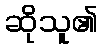
ဆိုသူ၏